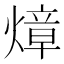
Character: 𤍤